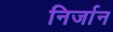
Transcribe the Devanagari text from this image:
निर्जान